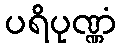
ပရိပုဏ္ဏံ